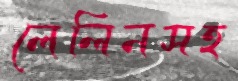
লেলিনসহ